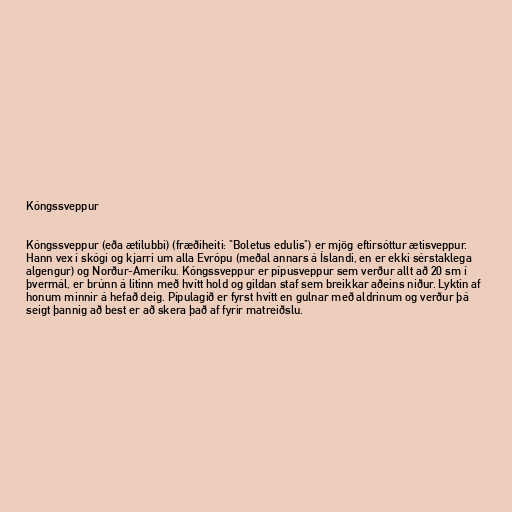
Kóngssveppur

Kóngssveppur (eða ætilubbi) (fræðiheiti: "Boletus edulis") er mjög eftirsóttur ætisveppur.
Hann vex í skógi og kjarri um alla Evrópu (meðal annars á Íslandi, en er ekki sérstaklega
algengur) og Norður-Ameríku. Kóngssveppur er pípusveppur sem verður allt að 20 sm í
þvermál, er brúnn á litinn með hvítt hold og gildan staf sem breikkar aðeins niður. Lyktin af
honum minnir á hefað deig. Pípulagið er fyrst hvítt en gulnar með aldrinum og verður þá
seigt þannig að best er að skera það af fyrir matreiðslu.